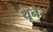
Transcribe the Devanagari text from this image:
थूनेर